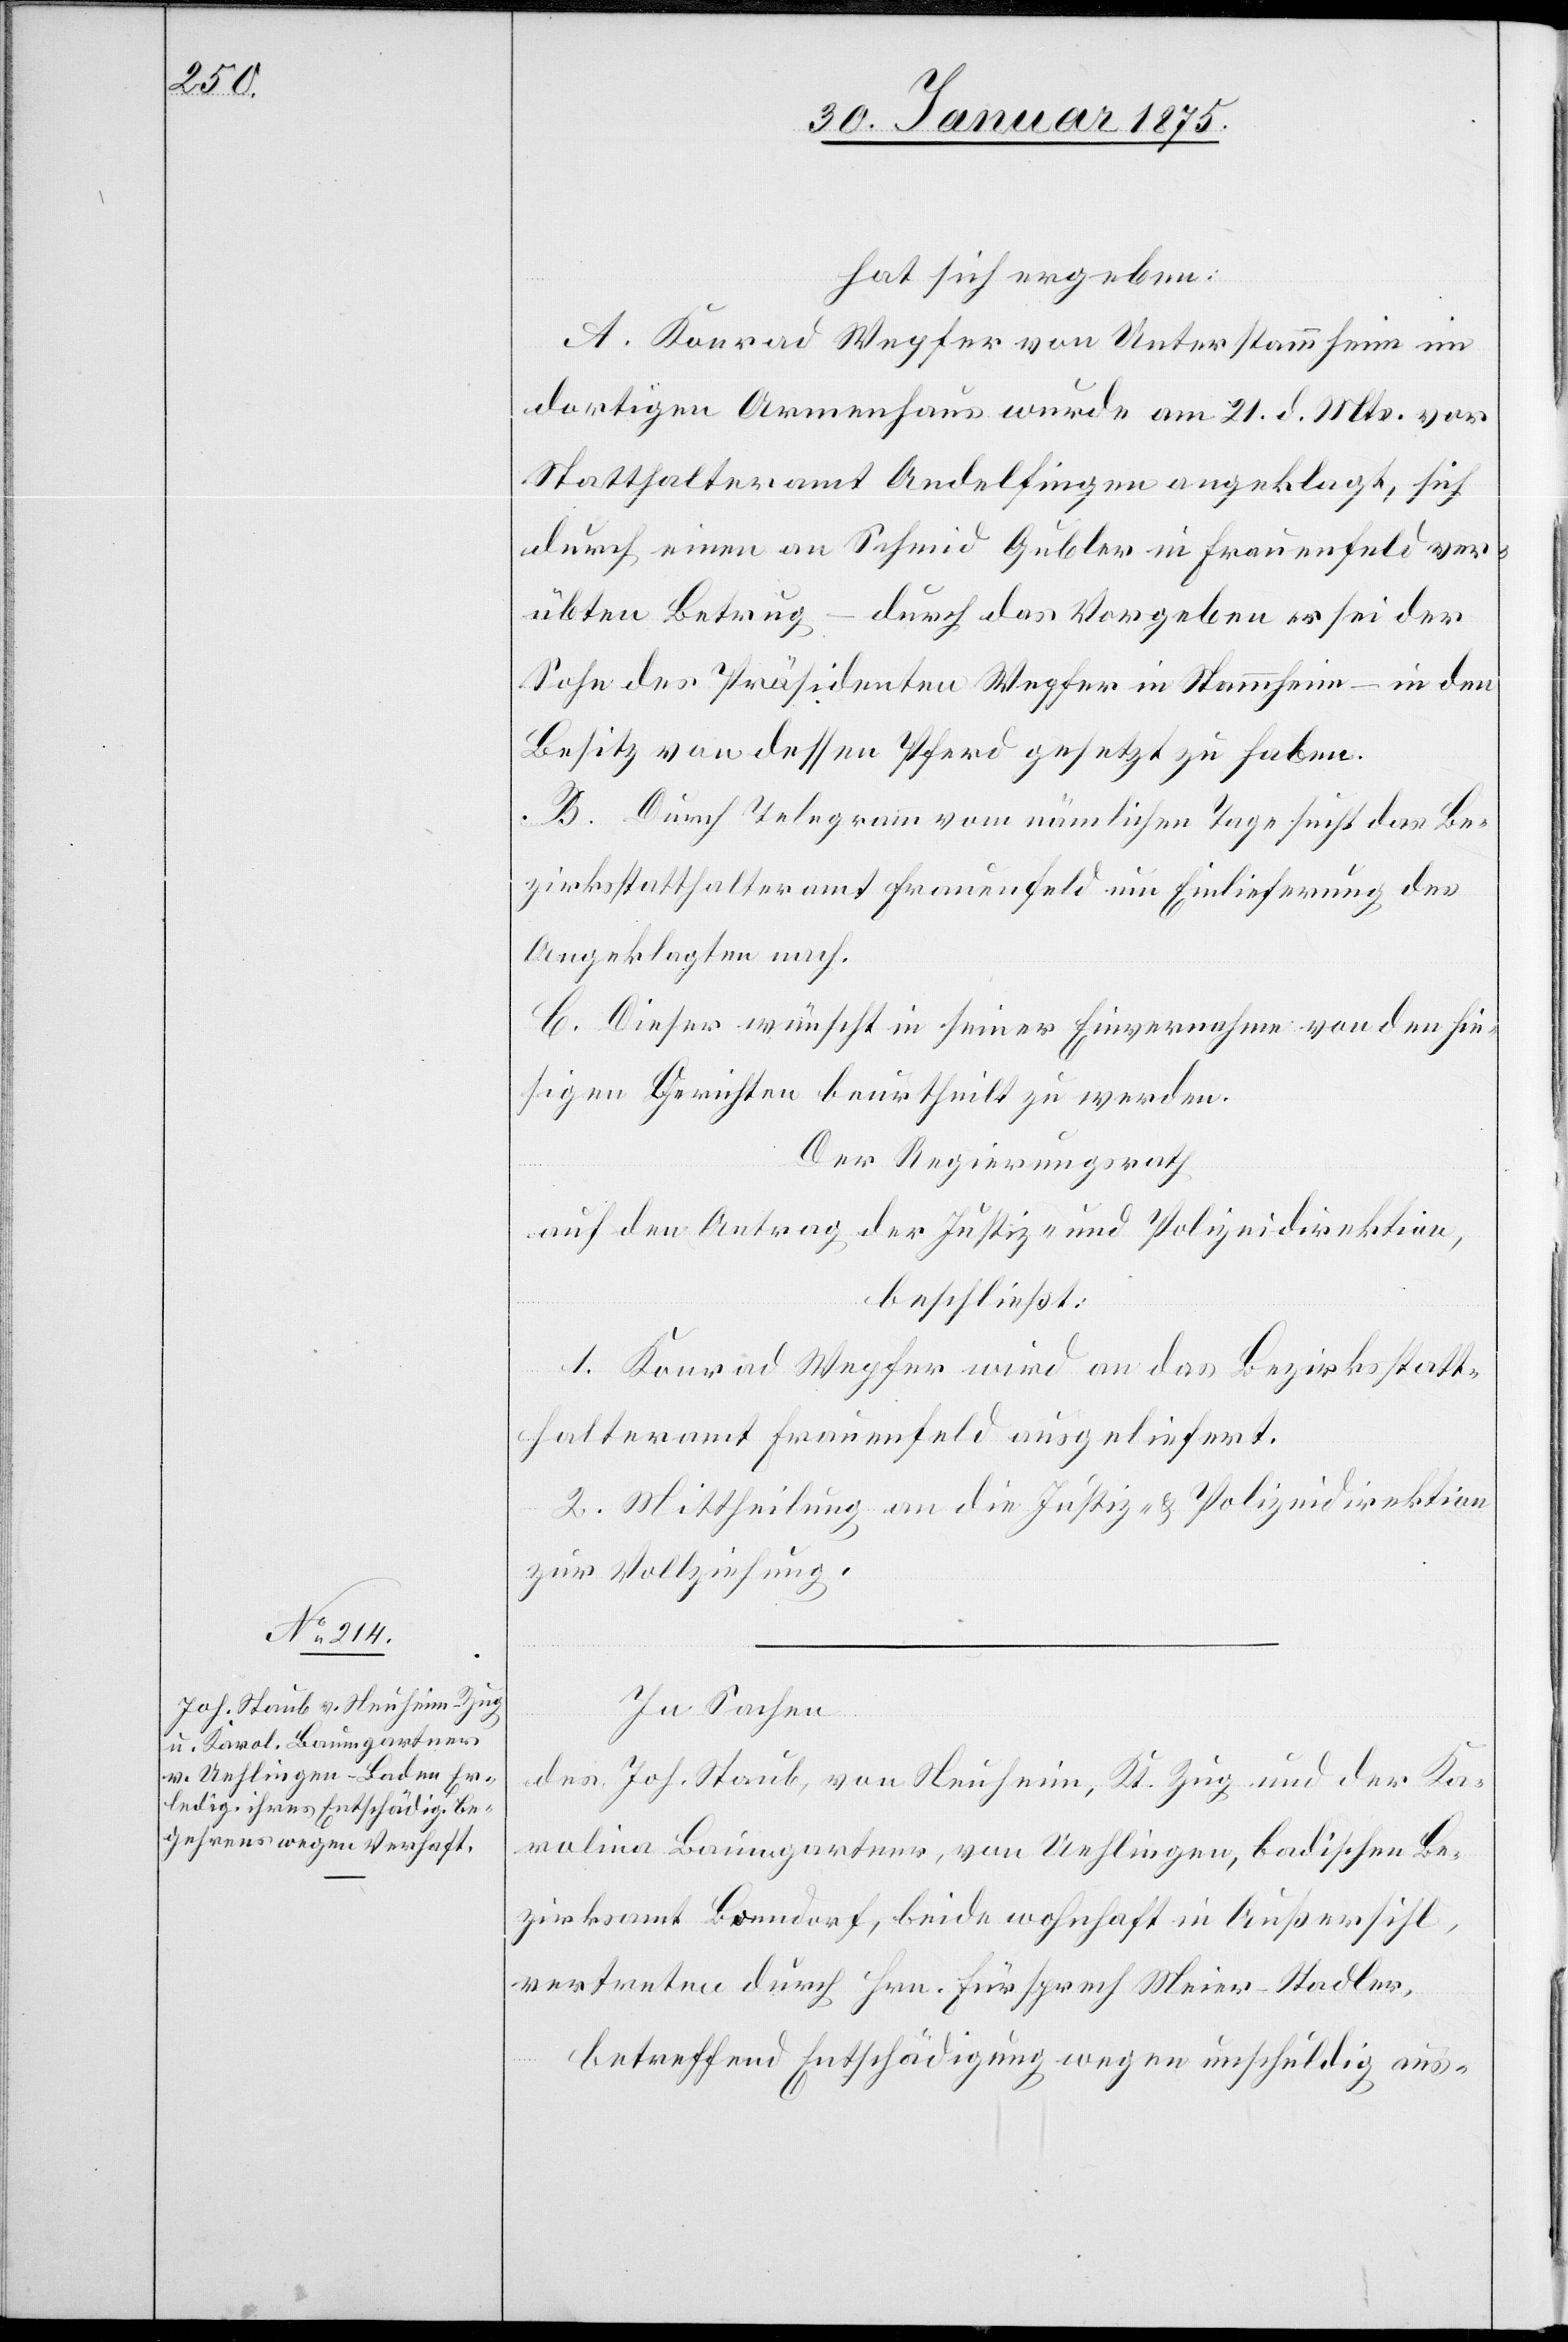
hat sich ergeben:
A. Konrad Wepfer von Unterstammheim im
dortigen Armenhaus wurde am 21. d. Mts. vor
Statthalteramt Andelfingen angeklagt, sich
durch einen an Schmid Gubler in Frauenfeld ver¬
übten Betrug, – durch das Vorgeben er sei der
Sohn des Präsidenten Wepfer in Stammheim, – in den
Besitz von dessen Pferden gesetzt zu haben.
B. Durch Telegramm vom nämlichen Tage sucht das Be¬
zirksstatthalteramt Frauenfeld um Einlieferung des
Angeklagten nach.
C. Dieser wünscht in seiner Einvernahme von den hie¬
sigen Gerichten beurtheilt zu werden.
Der Regierungsrath
auf den Antrag der Justiz- und Polizeidirektion,
beschließt:
1. Konrad Wepfer wird an das Bezirksstatt¬
halteramt Frauenfeld ausgeliefert.
2. Mittheilung an die Justiz- & Polizeidirektion
zur Vollziehung.
In Sachen
des Joh. Staub, von Neuheim, Kt. Zug und der Ka¬
rolina Baumgartner, von Uehlingen, badischen Be¬
zirksamt Bonndorf, beide wohnhaft in Außersihl,
vertreten durch Hrn. Fürsprech Meier-Stadler,
betreffend Entschädigung wegen unschuldig aus-